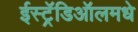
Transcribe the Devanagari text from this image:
ईस्ट्रॅडिऑलमधे